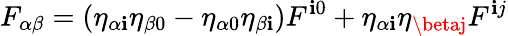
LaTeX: F_{\alpha\beta}=\left(\eta_{\alpha\mathbf{i}}\eta_{\beta0}-\eta_{\alpha0}\eta_{\beta\mathbf{i}}\right)F^{\mathbf{i}0}+\eta_{\alpha\mathbf{i}}\eta_{\betaj}F^{\mathbf{i}j}